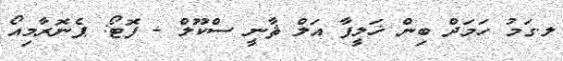
ލ.ގަމު ހަމަދް ބިން ޚަލީފާ އަލް ޘާނީ ސްކޫލް - ފޮޓޯ: ޕެނޮރާމިއޯ